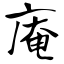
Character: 庵